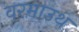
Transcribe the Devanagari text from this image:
वरमाउथ